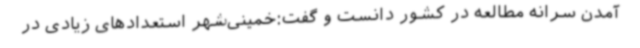
آمدن سرانه مطالعه در کشور دانست و گفت:خمینی‌شهر استعدادهای زیادی در